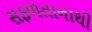
સફળતાનાથી